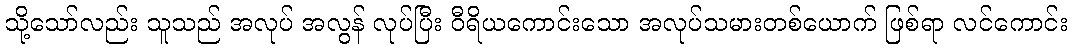
သို့သော်လည်း သူသည် အလုပ် အလွန် လုပ်ပြီး ဝီရိယကောင်းသော အလုပ်သမားတစ်ယောက် ဖြစ်ရာ လင်ကောင်း